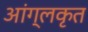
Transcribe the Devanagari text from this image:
आंग्लकृत